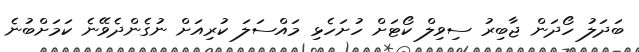
ބަދަލު ހޯދަން ޖާބިރު ސިވިލް ކޯޓަށް ހުށަހެޅި މައްސަލަ ކުރިއަށް ނުގެންދެވޭނެ ކަމަށްބުނެ